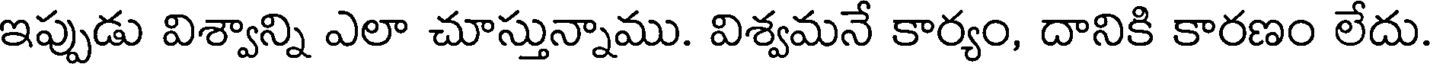
ఇప్పుడు విశ్వాన్ని ఎలా చూస్తున్నాము. విశ్వమనే కార్యం, దానికి కారణం లేదు.